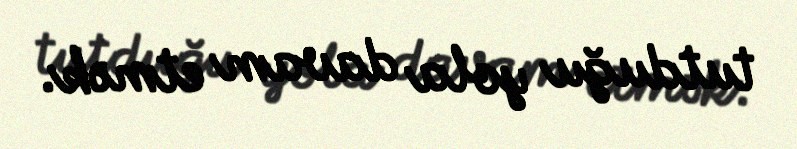
tutduğu yola davam etmək.